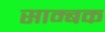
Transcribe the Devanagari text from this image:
साम्बक